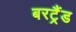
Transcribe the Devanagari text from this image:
बरट्रैंड